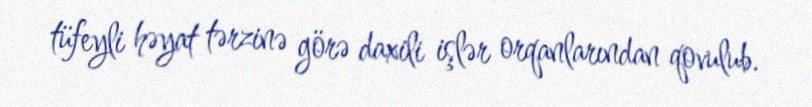
tüfeyli həyat tərzinə görə daxili işlər orqanlarından qovulub.